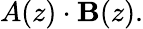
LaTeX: A(z)\cdot\mathbf{B}(z).